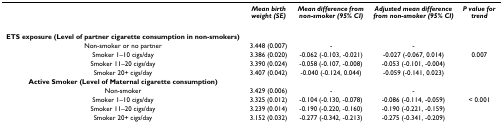
|  | Mean birth weight (SE) | Mean difference from non-smoker (95% CI) | Adjusted mean difference from non-smoker (95% CI) | P value for trend |
 | --- | --- | --- | --- | --- |
 | ETS exposure (Level of partner cigarette consumption in non-smokers) |  |  |  |  |
 | Non-smoker or no partner | 3.448 (0.007) | - | - |  |
 | Smoker 1–10 cigs/day | 3.386 (0.020) | -0.062 (-0.103, -0.021) | -0.027 (-0.067, 0.014) | 0.007 |
 | Smoker 11–20 cigs/day | 3.390 (0.024) | -0.058 (-0.107, -0.008) | -0.053 (-0.101, -0.004) |  |
 | Smoker 20+ cigs/day | 3.407 (0.042) | -0.040 (-0.124, 0.044) | -0.059 (-0.141, 0.023) |  |
 | Active Smoker (Level of Maternal cigarette consumption) |  |  |  |  |
 | Non-smoker | 3.429 (0.006) | - | - |  |
 | Smoker 1–10 cigs/day | 3.325 (0.012) | -0.104 (-0.130, -0.078) | -0.086 (-0.114, -0.059) | < 0.001 |
 | Smoker 11–20 cigs/day | 3.239 (0.014) | -0.190 (-0.220, -0.160) | -0.190 (-0.221, -0.159) |  |
 | Smoker 20+ cigs/day | 3.152 (0.032) | -0.277 (-0.342, -0.213) | -0.275 (-0.341, -0.209) |  |